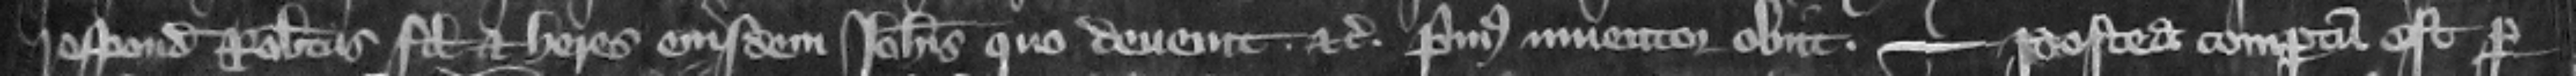
respondeat Robertus filius et heres eiusdem Johannis quo deuenit. etc. Primus inuentor obiit. --- Postea compertum est per